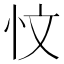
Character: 忟